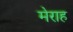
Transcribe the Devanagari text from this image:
मेराह